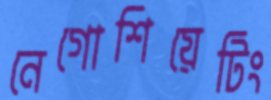
নেগোশিয়েটিং